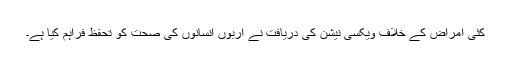
کئی امراض کے خلاف ویکسی نیشن کی دریافت نے اربوں انسانوں کی صحت کو تحفظ فراہم کیا ہے۔